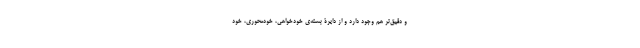
و دقیق­‌تر هم وجود دارد و از دایرۀ بسته‌­ی خودخواهی، خودمحوری، خود